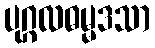
ပုဂ္ဂလဓမ္မဒသာ